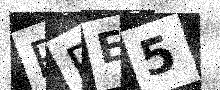
Text: PRE5